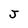
Character: J